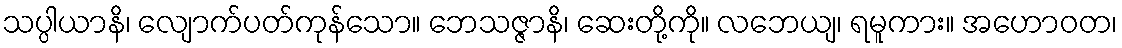
သပ္ပါယာနိ၊ လျောက်ပတ်ကုန်သော။ ဘေသဇ္ဇာနိ၊ ဆေးတို့ကို။ လဘေယျ၊ ရမူကား။ အဟောဝတ၊